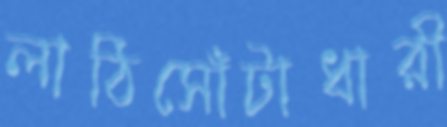
লাঠিসোঁটাধারী